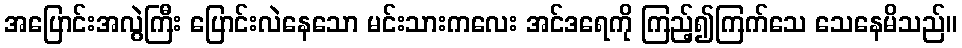
အပြောင်းအလွဲကြီး ပြောင်းလဲနေသော မင်းသားကလေး အင်ဒရေကို ကြည့်၍ကြက်သေ သေနေမိသည်။